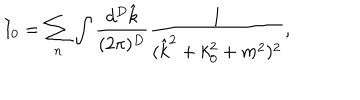
LaTeX: I _ { 0 } = \sum _ { n } \int \frac { d ^ { D } \hat { k } } { ( 2 \pi ) ^ { D } } \frac { 1 } { ( \hat { k } ^ { 2 } + k _ { 0 } ^ { 2 } + m ^ { 2 } ) ^ { 2 } } ,